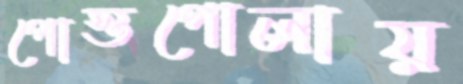
পোস্তগোলায়